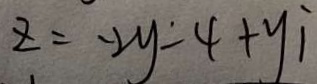
z = - 2 y - 4 + y i